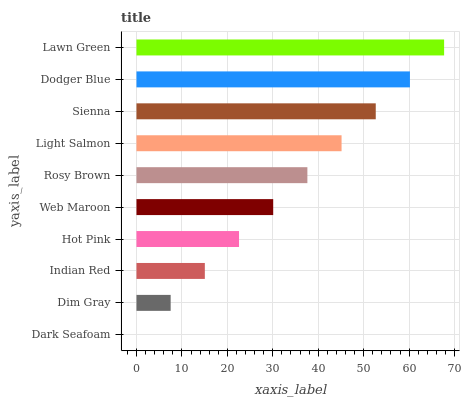
| yaxis_label | bars |
 | --- | --- |
 | Dark Seafoam | 0 |
 | Dim Gray | 7.52 |
 | Indian Red | 15 |
 | Hot Pink | 22.6 |
 | Web Maroon | 30.1 |
 | Rosy Brown | 37.6 |
 | Light Salmon | 45.1 |
 | Sienna | 52.7 |
 | Dodger Blue | 60.2 |
 | Lawn Green | 67.7 |